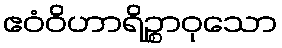
ဧဝံဝိဟာရိဉ္စာဝုသော